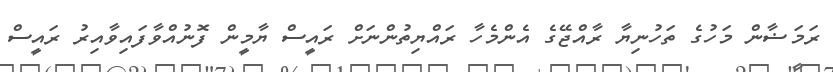
ރަމަޟާން މަހުގެ ތަހުނިޔާ ރާއްޖޭގެ އެންމެހާ ރައްޔިތުންނަށް ރައީސް ޔާމީން ފޮނުއްވާފައިވާއިރު ރައީސް